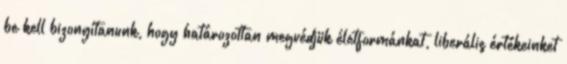
be kell bizonyítanunk, hogy határozottan megvédjük életformánkat, liberális értékeinket